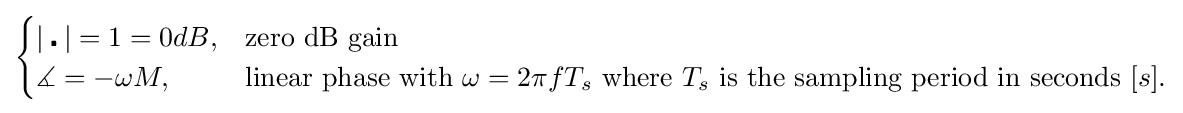
{\begin{cases}|\centerdot |=1=0dB,&{\text{zero dB gain}}\\\measuredangle =-\omega M,&{\text{linear phase with }}\omega =2\pi fT_{s}{\text{ where }}T_{s}{\text{ is the sampling period in seconds }}[s].\end{cases}}